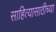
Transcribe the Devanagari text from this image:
साहित्यासाठीच्या